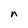
Character: n